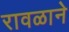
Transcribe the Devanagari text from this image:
रावळाने